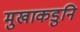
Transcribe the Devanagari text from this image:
मुखाकडुनि